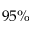
9 5 \%